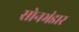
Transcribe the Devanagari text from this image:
सोनभंडार